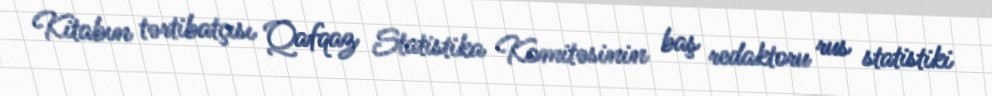
Kitabın tərtibatçısı Qafqaz Statistika Komitəsinin baş redaktoru rus statistiki